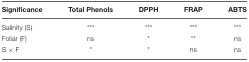
<table><thead><tr><td><b>Significance</b></td><td><b>Total Phenols</b></td><td><b>DPPH</b></td><td><b>FRAP</b></td><td><b>ABTS</b></td></tr></thead><tbody><tr><td>Salinity (S)</td><td><sup>***</sup></td><td><sup>***</sup></td><td><sup>***</sup></td><td><sup>***</sup></td></tr><tr><td>Foliar (F)</td><td>ns</td><td><sup>*</sup></td><td><sup>**</sup></td><td>ns</td></tr><tr><td>S × F</td><td><sup>*</sup></td><td><sup>*</sup></td><td>ns</td><td>ns</td></tr></tbody></table>